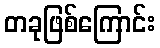
တခုဖြစ်ကြောင်း